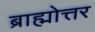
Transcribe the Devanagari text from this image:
ब्राह्मोत्तर